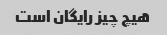
هیچ چیز رایگان است